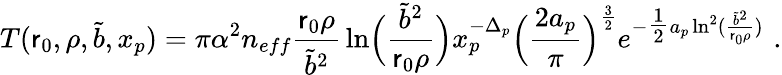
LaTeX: T(\mathsf{r}_{0},\rho,\tilde{{b}},x_{p})=\pi\alpha^{2}n_{eff}{\frac{{\mathsf{r}_{0}\rho}}{{\tilde{{b}}^{2}}}}\ln\Bigl({\frac{{\tilde{{b}}^{2}}}{{\mathsf{r}_{0}\rho}}}\Bigr)x_{p}^{-\Delta_{p}}\Bigl({\frac{{2a_{p}}}{{\pi}}}\Bigr)^{\frac{{3}}{{2}}}e^{-{\textstyle{\frac{{1}}{{2}}}}a_{p}\ln^{2}({\frac{{\tilde{{b}}^{2}}}{{\mathsf{r}_{0}\rho}}})}\, \, .